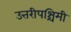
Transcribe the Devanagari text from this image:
उत्तरीपश्चिमी